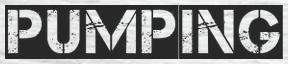
PUMPING